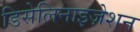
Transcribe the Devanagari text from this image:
डिसेलिनाइज़ेशन